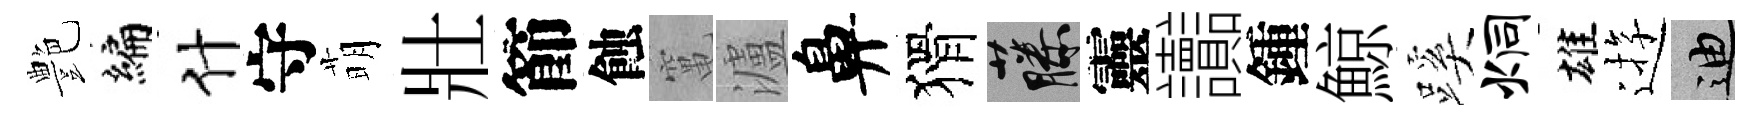
艶编什守萌壯節蝕𥧄瀘鼻猾藤靈讟鍾鯨蹊炯雄逰迪